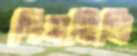
পিষছিলি